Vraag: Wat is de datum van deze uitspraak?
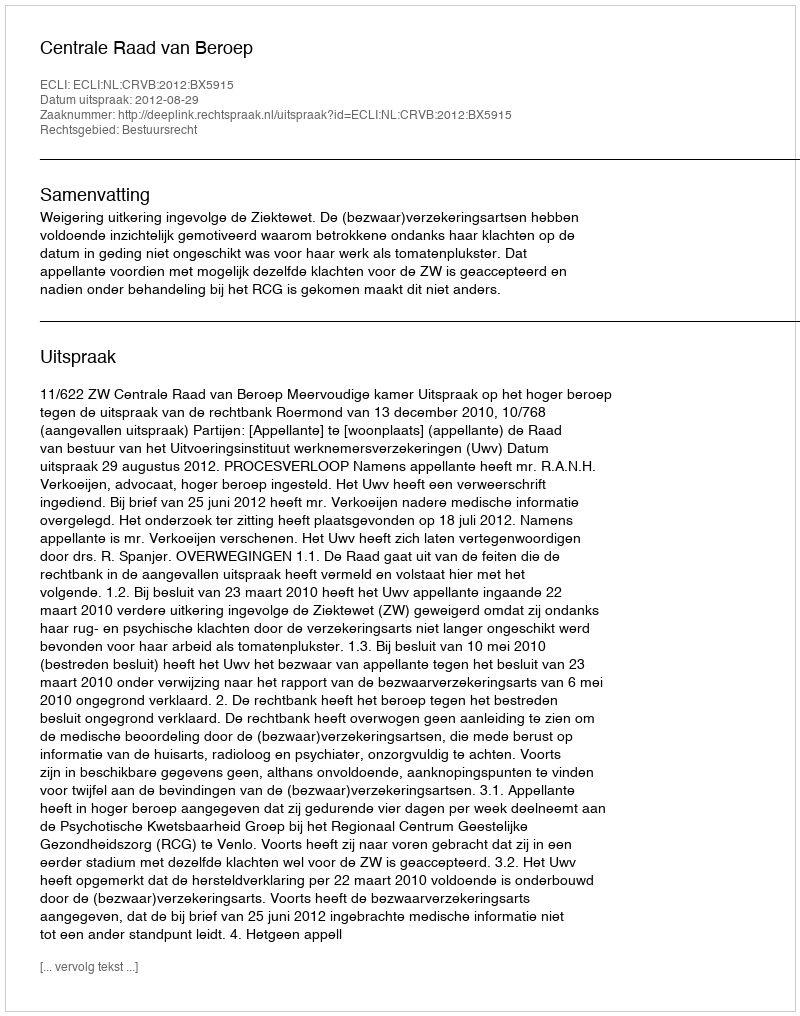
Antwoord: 2012-08-29